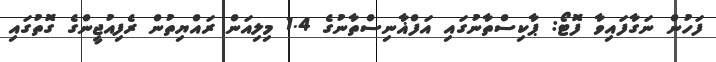
ފަހުން ނަގާފައިވާ ފޮޓޯ: ޕާކިސްތާނުގައި އަފްޣާނިސްތާނުގެ 1.4 މިލިއަން ރައްޔިތުން ރެފިއުޖީންގެ ގޮތުގައި